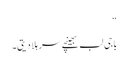
“
باجی لب بھینچے سر ہلا دیتی۔